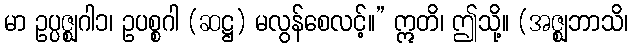
မာ ဥပ္ပဇ္ဈဂါ၁၊ ဥပစ္စဂါ (ဆဋ္ဌ) မလွန်စေလင့်။” ဣတိ၊ ဤသို့။ (အဇ္ဈဘာသိ၊